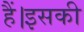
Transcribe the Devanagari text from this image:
हैं।इसकी